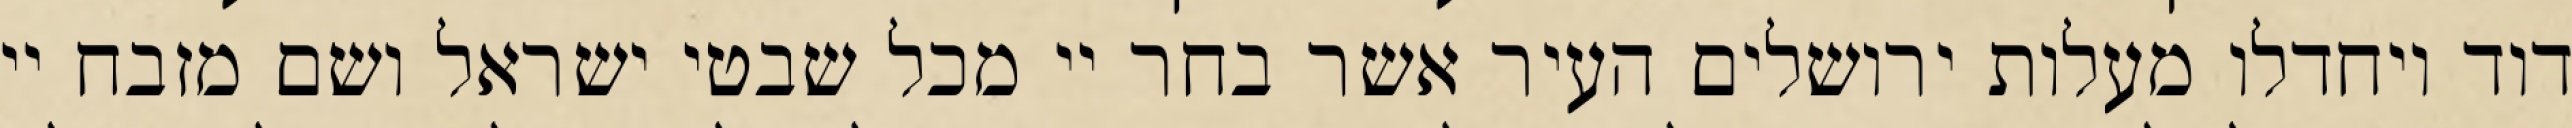
דוד ויחדלו מעלות ירושלים העיר אשר בחר יי מכל שבטי ישראל ושם מזבח יי